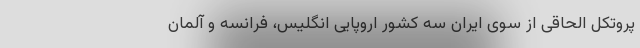
پروتکل الحاقی از سوی ایران سه کشور اروپایی انگلیس، فرانسه و آلمان